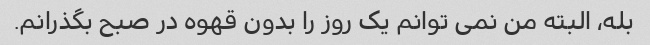
بله، البته من نمی توانم یک روز را بدون قهوه در صبح بگذرانم.